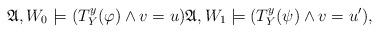
LaTeX: \begin{align*}\mathfrak{A}, W_0\models (T_Y^y(\varphi)\wedge v = u)\mathfrak{A}, W_1\models (T_Y^y(\psi) \wedge v = u'),\end{align*}